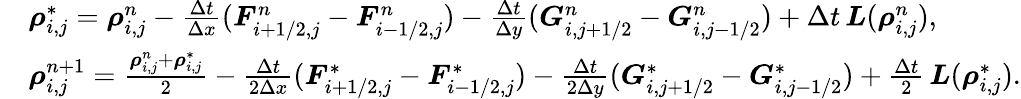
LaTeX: \begin{array}{rl}&{\boldsymbol{\rho}_{i,j}^{*}=\boldsymbol{\rho}_{i,j}^{n}-\frac{\Delta t}{\Delta x}(\boldsymbol{F}_{i+1/2,j}^{n}-\boldsymbol{F}_{i-1/2,j}^{n})-\frac{\Delta t}{\Delta y}(\boldsymbol{G}_{i,j+1/2}^{n}-\boldsymbol{G}_{i,j-1/2}^{n})+\Delta t\, \boldsymbol{L}(\boldsymbol{\rho}_{i,j}^{n}),}\\ &{\boldsymbol{\rho}_{i,j}^{n+1}=\frac{\boldsymbol{\rho}_{i,j}^{n}+\boldsymbol{\rho}_{i,j}^{*}}{2}-\frac{\Delta t}{2\Delta x}(\boldsymbol{F}_{i+1/2,j}^{*}-\boldsymbol{F}_{i-1/2,j}^{*})-\frac{\Delta t}{2\Delta y}(\boldsymbol{G}_{i,j+1/2}^{*}-\boldsymbol{G}_{i,j-1/2}^{*})+\frac{\Delta t}{2}\, \boldsymbol{L}(\boldsymbol{\rho}_{i,j}^{*}).}\end{array}